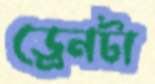
ড্রেনটা